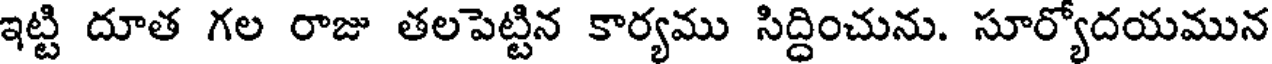
ఇట్టి దూత గల రాజు తలపెట్టిన కార్యము సిద్ధించును. సూర్యోదయమున